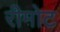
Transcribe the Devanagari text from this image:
रीमोट